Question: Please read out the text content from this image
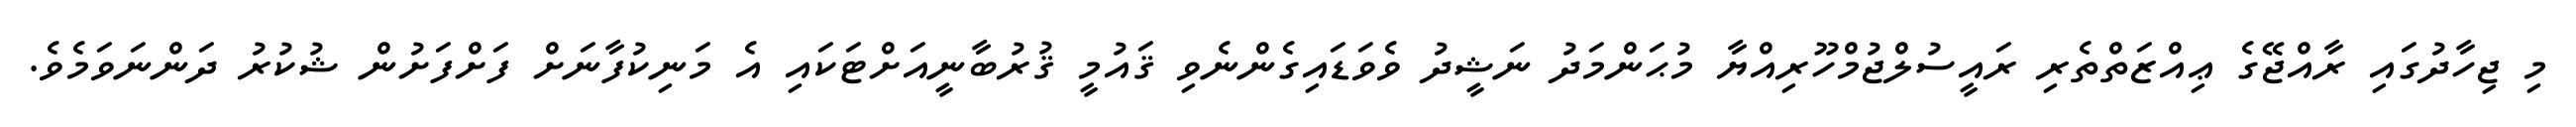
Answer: މި ޖިހާދުގައި ރާއްޖޭގެ ޢިއްޒަތްތެރި ރައީސުލްޖުމްހޫރިއްޔާ މުޙަންމަދު ނަޝީދު ވެވަޑައިގެންނެވި ޤައުމީ ޤުރުބާނީއަށްޓަކައި އެ މަނިކުފާނަށް ފަށްފަށުން ޝުކުރު ދަންނަވަމެވެ.